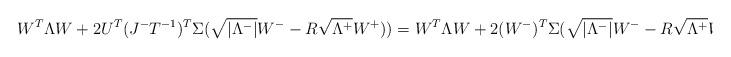
LaTeX: \begin{align*} W^T \Lambda W + 2 U^T ( J^-T^{-1})^T \Sigma (\sqrt{|\Lambda^-|}W^- - R \sqrt{\Lambda^+}W^+))= W^T \Lambda W + 2 (W^-)^T \Sigma (\sqrt{|\Lambda^-|}W^- - R \sqrt{\Lambda^+}W^+). \end{align*}